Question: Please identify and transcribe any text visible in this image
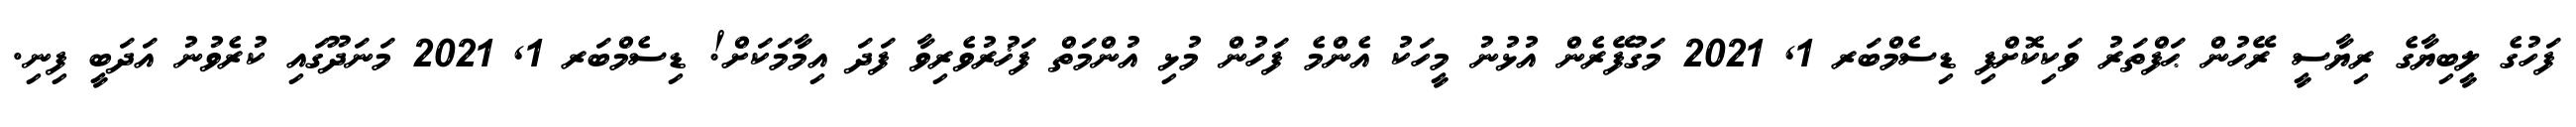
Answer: ފަހުގެ ލީބިޔާގެ ރިޔާސީ ރޭހުން ޙަފްތަރު ވަކިކޮށްފި ޑިސެމްބަރ 1, 2021 މަގުފޭރެން އުޅުނު މީހަކު އެންމެ ފަހުން މުޅި އުންމަތް ފަޚުރުވެރިވާ ފަދަ އިމާމަކަށް! ޑިސެމްބަރ 1, 2021 މަނަދޫގައި ކުރެވުނު އަދަބީ ފިނި.